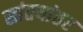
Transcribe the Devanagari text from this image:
सांतयांतर